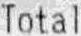
TOTAL